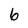
Character: 6